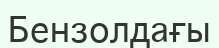
Бензолдағы